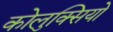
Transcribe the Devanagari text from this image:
कोलुक्सियो